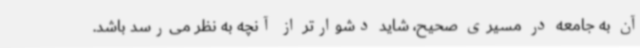
آن به جامعه در مسیری صحیح، شاید دشوارتر از آنچه به نظر می‌رسد باشد.